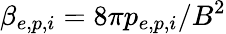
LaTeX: \beta_{e,p,i}=8\pi p_{e,p,i}/B^{2}